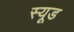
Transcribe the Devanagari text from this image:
स्यूड